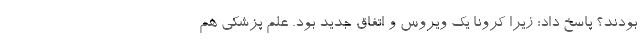
بودند؟ پاسخ داد: زیرا کرونا یک ویروس و اتفاق جدید بود. علم پزشکی هم